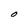
Character: O